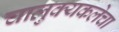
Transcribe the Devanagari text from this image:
चालुक्यकलेचा